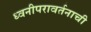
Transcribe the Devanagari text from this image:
ध्वनीपरावर्तनाची